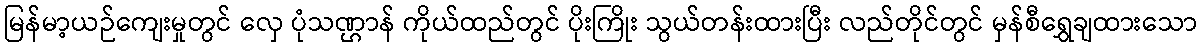
မြန်မာ့ယဉ်ကျေးမှုတွင် လှေ ပုံသဏ္ဌာန် ကိုယ်ထည်တွင် ပိုးကြိုး သွယ်တန်းထားပြီး လည်တိုင်တွင် မှန်စီရွှေချထားသော